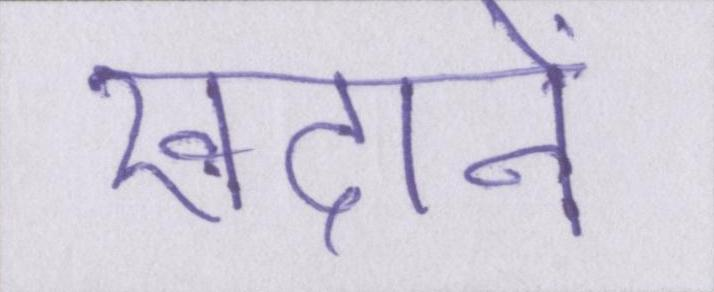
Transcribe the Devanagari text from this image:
खदानें